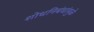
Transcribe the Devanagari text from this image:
शोधनिबंधांमुळे